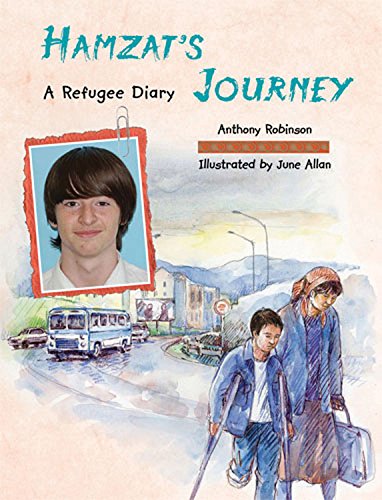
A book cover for Hamzat's Journey: A Refugee Diary; Annemarie Young; Children's Books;